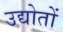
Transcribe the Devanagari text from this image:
उद्योतों